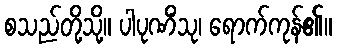
စသည်တို့သို့။ ပါပုဏိံသု၊ ရောက်ကုန်၏။